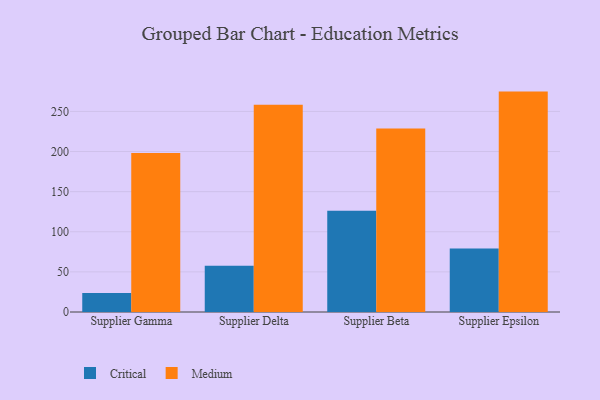
{"axis": {"x": "Supplier", "y": "Conversion Rate (%)"}, "legend": ["Critical", "Medium"], "data": [{"x": "Supplier Gamma", "y": 23.7, "type": "Critical"}, {"x": "Supplier Gamma", "y": 198.1, "type": "Medium"}, {"x": "Supplier Delta", "y": 57.7, "type": "Critical"}, {"x": "Supplier Delta", "y": 258.2, "type": "Medium"}, {"x": "Supplier Beta", "y": 126.3, "type": "Critical"}, {"x": "Supplier Beta", "y": 228.7, "type": "Medium"}, {"x": "Supplier Epsilon", "y": 79.0, "type": "Critical"}, {"x": "Supplier Epsilon", "y": 274.7, "type": "Medium"}]}